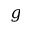
g